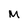
Character: M